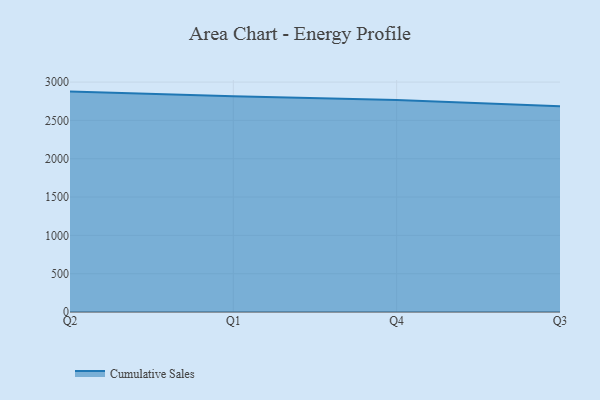
{"axis": {"x": "Quarter", "y": "Bounce Rate (%)"}, "legend": ["Cumulative Sales"], "data": [{"x": "Q2", "y": 2875.7, "type": "Cumulative Sales"}, {"x": "Q1", "y": 2814.7, "type": "Cumulative Sales"}, {"x": "Q4", "y": 2765.1, "type": "Cumulative Sales"}, {"x": "Q3", "y": 2683.8, "type": "Cumulative Sales"}]}